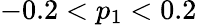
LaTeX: -0.2<p_{1}<0.2